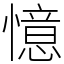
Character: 憶